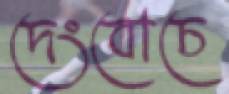
দেংবোচে